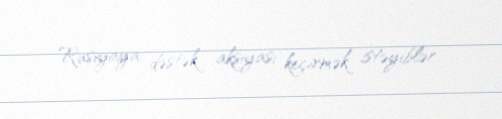
Rusiyaya dəstək aksiyası keçirmək istəyiblər.